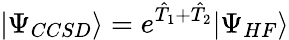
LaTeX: |\Psi_{CCSD}\rangle=e^{\hat{T}_{1}+\hat{T}_{2}}|\Psi_{HF}\rangle